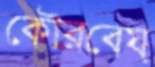
কৌরবেয়